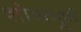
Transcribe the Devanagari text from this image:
शोथपूर्ण